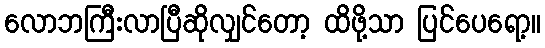
လောဘကြီးလာပြီဆိုလျှင်တော့ ထိဖို့သာ ပြင်ပေရော့။